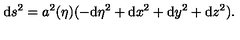
\mathrm { d } s ^ { 2 } = a ^ { 2 } ( \eta ) ( - \mathrm { d } \eta ^ { 2 } + \mathrm { d } x ^ { 2 } + \mathrm { d } y ^ { 2 } + \mathrm { d } z ^ { 2 } ) .